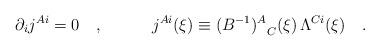
LaTeX: \begin{align*}\partial_i j^{Ai}=0\quad,\quad \quad \quad j^{Ai}(\xi) \equiv {(B^{-1})^A}_C(\xi) \, \Lambda^{Ci}(\xi)\quad.\end{align*}